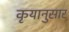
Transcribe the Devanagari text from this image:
कृयानुसार